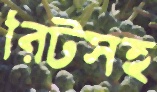
রিটসহ